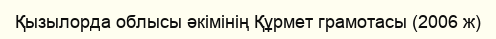
Қызылорда облысы әкімінің Құрмет грамотасы (2006 ж)